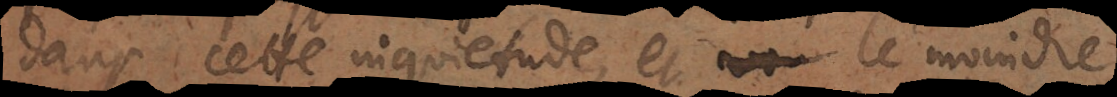
dans cette inquietude, et le moindre